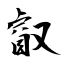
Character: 叡